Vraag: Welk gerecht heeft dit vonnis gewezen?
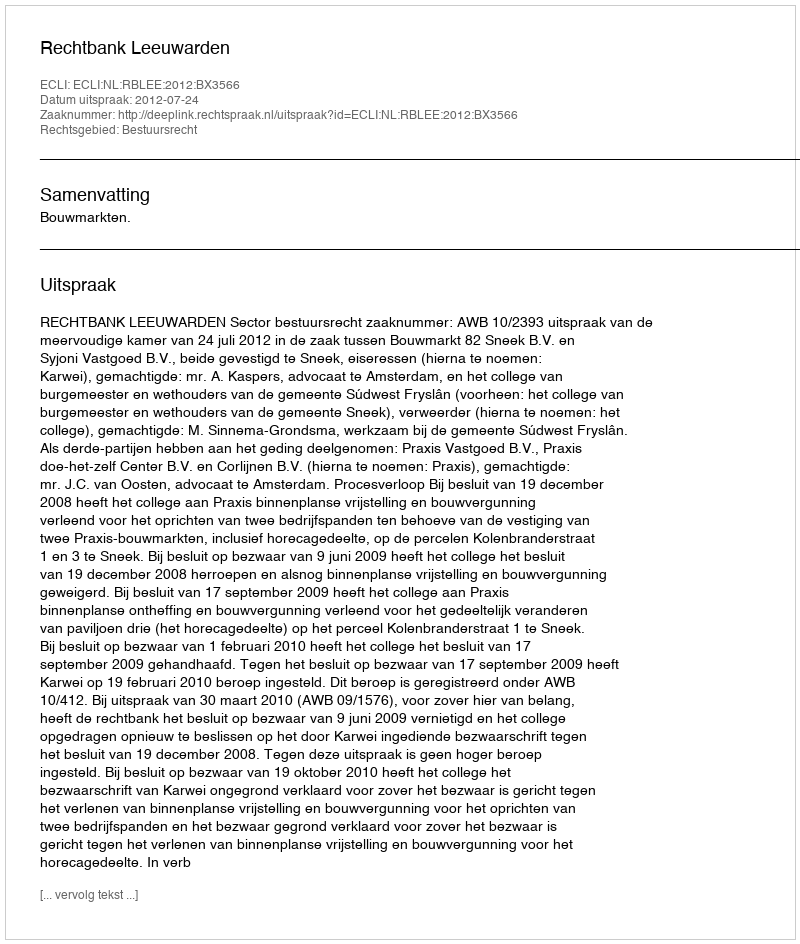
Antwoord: Rechtbank Leeuwarden